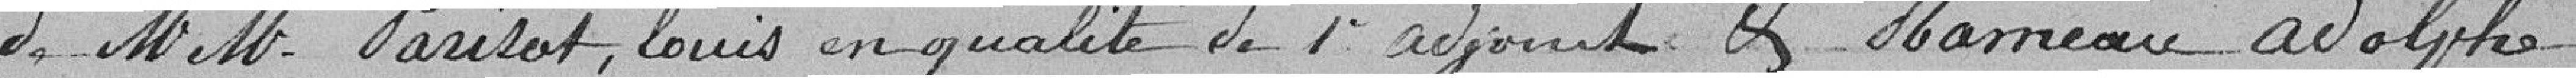
de Messieurs Parisot Louis en qualité de 1er adjoint et Rameau Adolphe